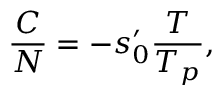
\begin{array} { c c c } { \displaystyle { \frac { C } { N } = - s _ { 0 } ^ { \prime } \frac { T } { T _ { p } } , } } \end{array}